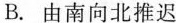
B.由南向北推迟